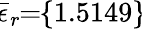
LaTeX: \! \overline{{\epsilon}}_{r}\! \! =\! \! \{ 1.5149\} \!